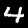
Digit: 4